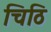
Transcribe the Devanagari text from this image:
चिठि